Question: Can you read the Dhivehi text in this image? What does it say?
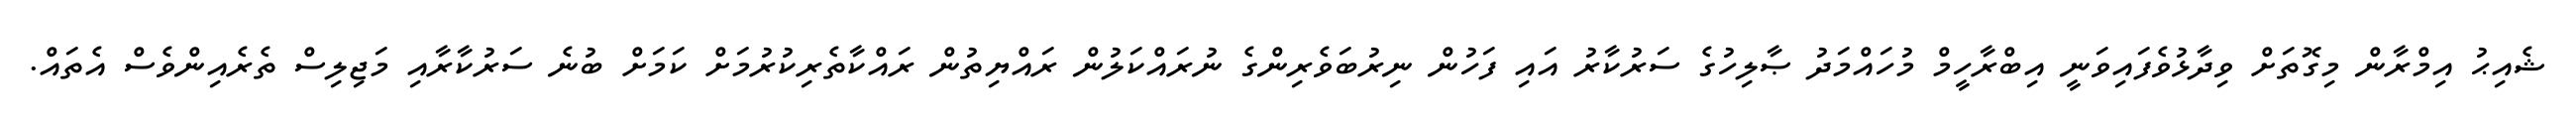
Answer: ޝެއިޙު އިމްރާން މިގޮތަށް ވިދާޅުވެފައިވަނީ އިބްރާހީމް މުހައްމަދު ޞާލިހުގެ ސަރުކާރު އައި ފަހުން ނިރުބަވެރިންގެ ނުރައްކަލުން ރައްޔިތުން ރައްކާތެރިކުރުމަށް ކަމަށް ބުނެ ސަރުކާރާއި މަޖިލިސް ތެރެއިންވެސް އެތައް.